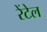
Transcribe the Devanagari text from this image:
रेंटेल